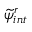
\widetilde { \psi } _ { i n t } ^ { r }